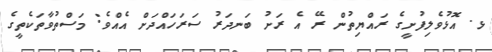
ޅ. އޮޅުވެލިފުށީގެ ރައްޔިތުން ރޭ އެ ރަށު ބަނދަރު ސަރަހައްދަށް އެއްވެ: މަސްތުވާތަކެތީގެ